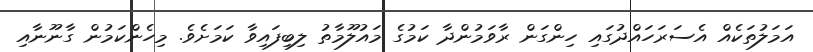
އަމަލުތަކެއް އެސަރަހައްދުގައި ހިންގަން ރާވަމުންދާ ކަމުގެ މައުލޫމާތު ލިބިފައިވާ ކަމަށެވެ. މިހެންކަމުން ގާނޫނާއި